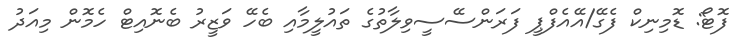
ފޮޓޯ: ޑޮމިނިކް ފެގޭ/އޭއެފްޕީ ފަރަންސޭސީވިލާތުގެ ތައުލީމާއި ބެހޭ ވަޒީރު ބެނޮއިޓް ހެމޮން މިއަދު